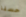
حسنا